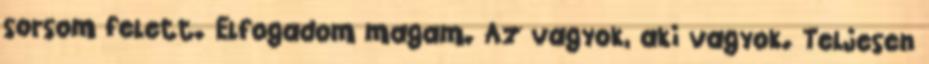
sorsom felett. Elfogadom magam. Az vagyok, aki vagyok. Teljesen